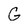
Character: G